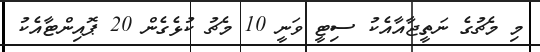
މި މެޗުގެ ނަތީޖާއާއެކު ސިޓީ ވަނީ 10 މެޗު ކުޅެގެން 20 ޕޮއިންޓާއެކު